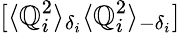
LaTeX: [\langle\mathbb{Q}_{i}^{2}\rangle_{\delta_{i}}\langle\mathbb{Q}_{i}^{2}\rangle_{-\delta_{i}}]